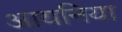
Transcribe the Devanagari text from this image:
आयनिया